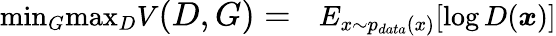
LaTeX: \begin{array}{rl}{\mathop{\operatorname*{min}}_{G}\mathop{\operatorname*{max}}_{D}V\large(D,G\large)=}&{{}E_{x\sim p_{data}(x)}[\log D(\boldsymbol{x})]}\end{array}